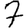
Digit: 7